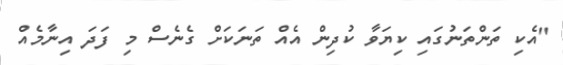
"އެކި ތަންތަނުގައި ކިޔަވާ ކުދިން އެއް ތަނަކަށް ގެނެސް މި ފަދަ އިނާމެއް